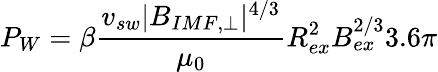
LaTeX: P_{W}=\beta\frac{v_{sw}|B_{IMF,\perp}|^{4/3}}{\mu_{0}}R_{ex}^{2}B_{ex}^{2/3}3.6\pi